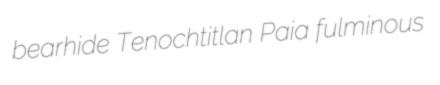
bearhide Tenochtitlan Paia fulminous